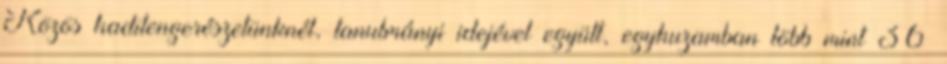
Közös haditengerészetünknél, tanulmányi idejével együtt, egyhuzamban több mint 36